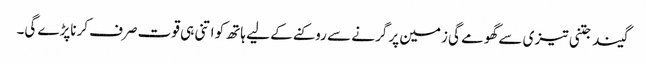
گیند جتنی تیزی سے گھومے گی زمین پر گرنے سے روکنے کے لیے ہاتھ کو اتنی ہی قوت صرف کرناپڑے گی۔